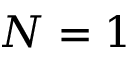
N = 1